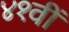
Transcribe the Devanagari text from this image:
४१वीं